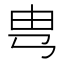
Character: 㽕